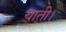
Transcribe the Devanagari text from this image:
याती।